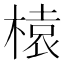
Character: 榬